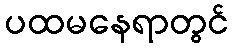
ပထမနေရာတွင်